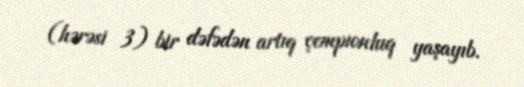
(hərəsi 3) bir dəfədən artıq çempionluq yaşayıb.